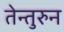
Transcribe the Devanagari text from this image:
तेन्तुरुन